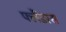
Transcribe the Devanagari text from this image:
फ्लैंडरस